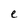
Character: e